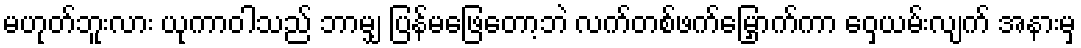
မဟုတ်ဘူးလား ယုကာဝါသည် ဘာမျှ ပြန်မဖြေတော့ဘဲ လက်တစ်ဖက်မြှောက်ကာ ဝှေ့ယမ်းလျက် အနားမှ